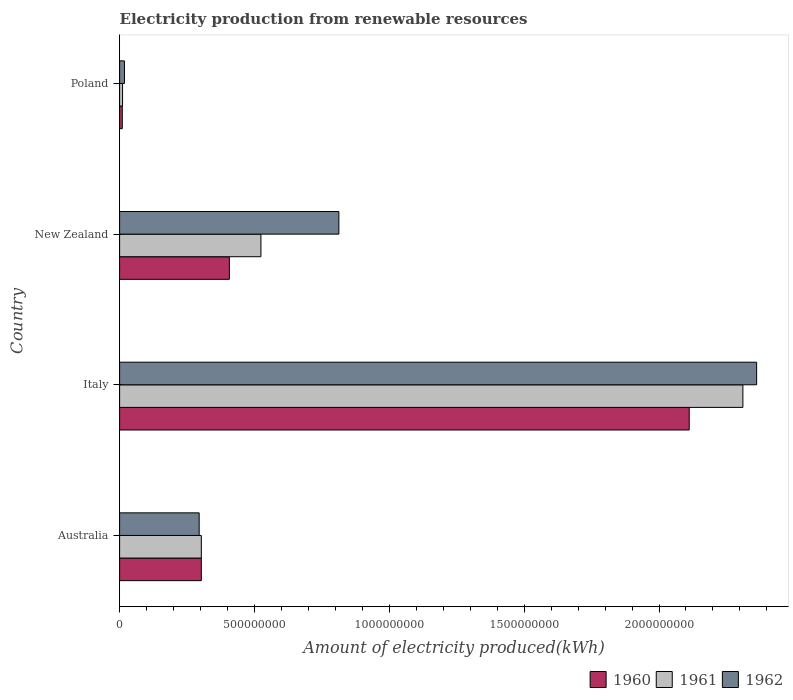
| Country | 1960 | 1961 | 1962 |
 | --- | --- | --- | --- |
 | Australia | 3.03e+08 | 3.03e+08 | 2.95e+08 |
 | Italy | 2.11e+09 | 2.31e+09 | 2.36e+09 |
 | New Zealand | 4.07e+08 | 5.24e+08 | 8.13e+08 |
 | Poland | 1e+07 | 1.1e+07 | 1.8e+07 |